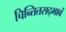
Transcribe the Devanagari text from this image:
चिन्तितसद्भावं